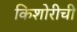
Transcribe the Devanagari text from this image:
किशोरीची